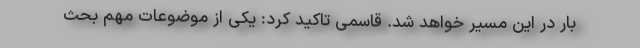
بار در این مسیر خواهد شد. قاسمی تاکید کرد: یکی از موضوعات مهم بحث